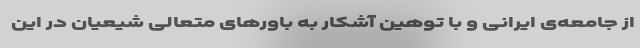
از جامعه‌ی ایرانی و با توهین آشکار به باورهای متعالی شيعيان در این